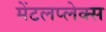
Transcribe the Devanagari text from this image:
मेंटलप्लेक्स